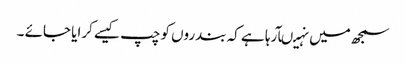
سمجھ میں نہیںآرہا ہے کہ بندروں کو چپ کیسے کرایا جائے ۔